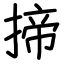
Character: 揥